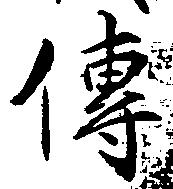
伝